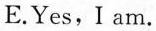
E.Yes, I am.